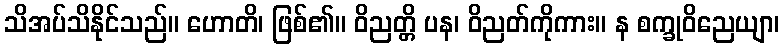
သိအပ်သိနိုင်သည်။ ဟောတိ၊ ဖြစ်၏။ ဝိညတ္တိ ပန၊ ဝိညတ်ကိုကား။ န စက္ခုဝိညေယျာ၊